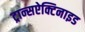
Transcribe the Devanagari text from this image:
ट्रान्सऐक्टिनाइड